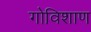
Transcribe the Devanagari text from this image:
गोविशाण